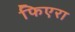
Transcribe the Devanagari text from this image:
फिएरा